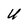
Character: U